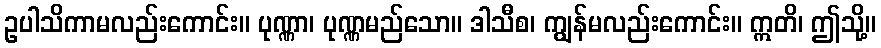
ဥပါသိကာမလည်းကောင်း။ ပုဏ္ဏာ၊ ပုဏ္ဏမည်သော။ ဒါသီစ၊ ကျွန်မလည်းကောင်း။ ဣတိ၊ ဤသို့။